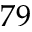
7 9